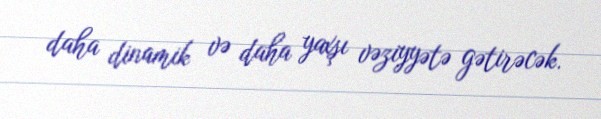
daha dinamik və daha yaxşı vəziyyətə gətirəcək.